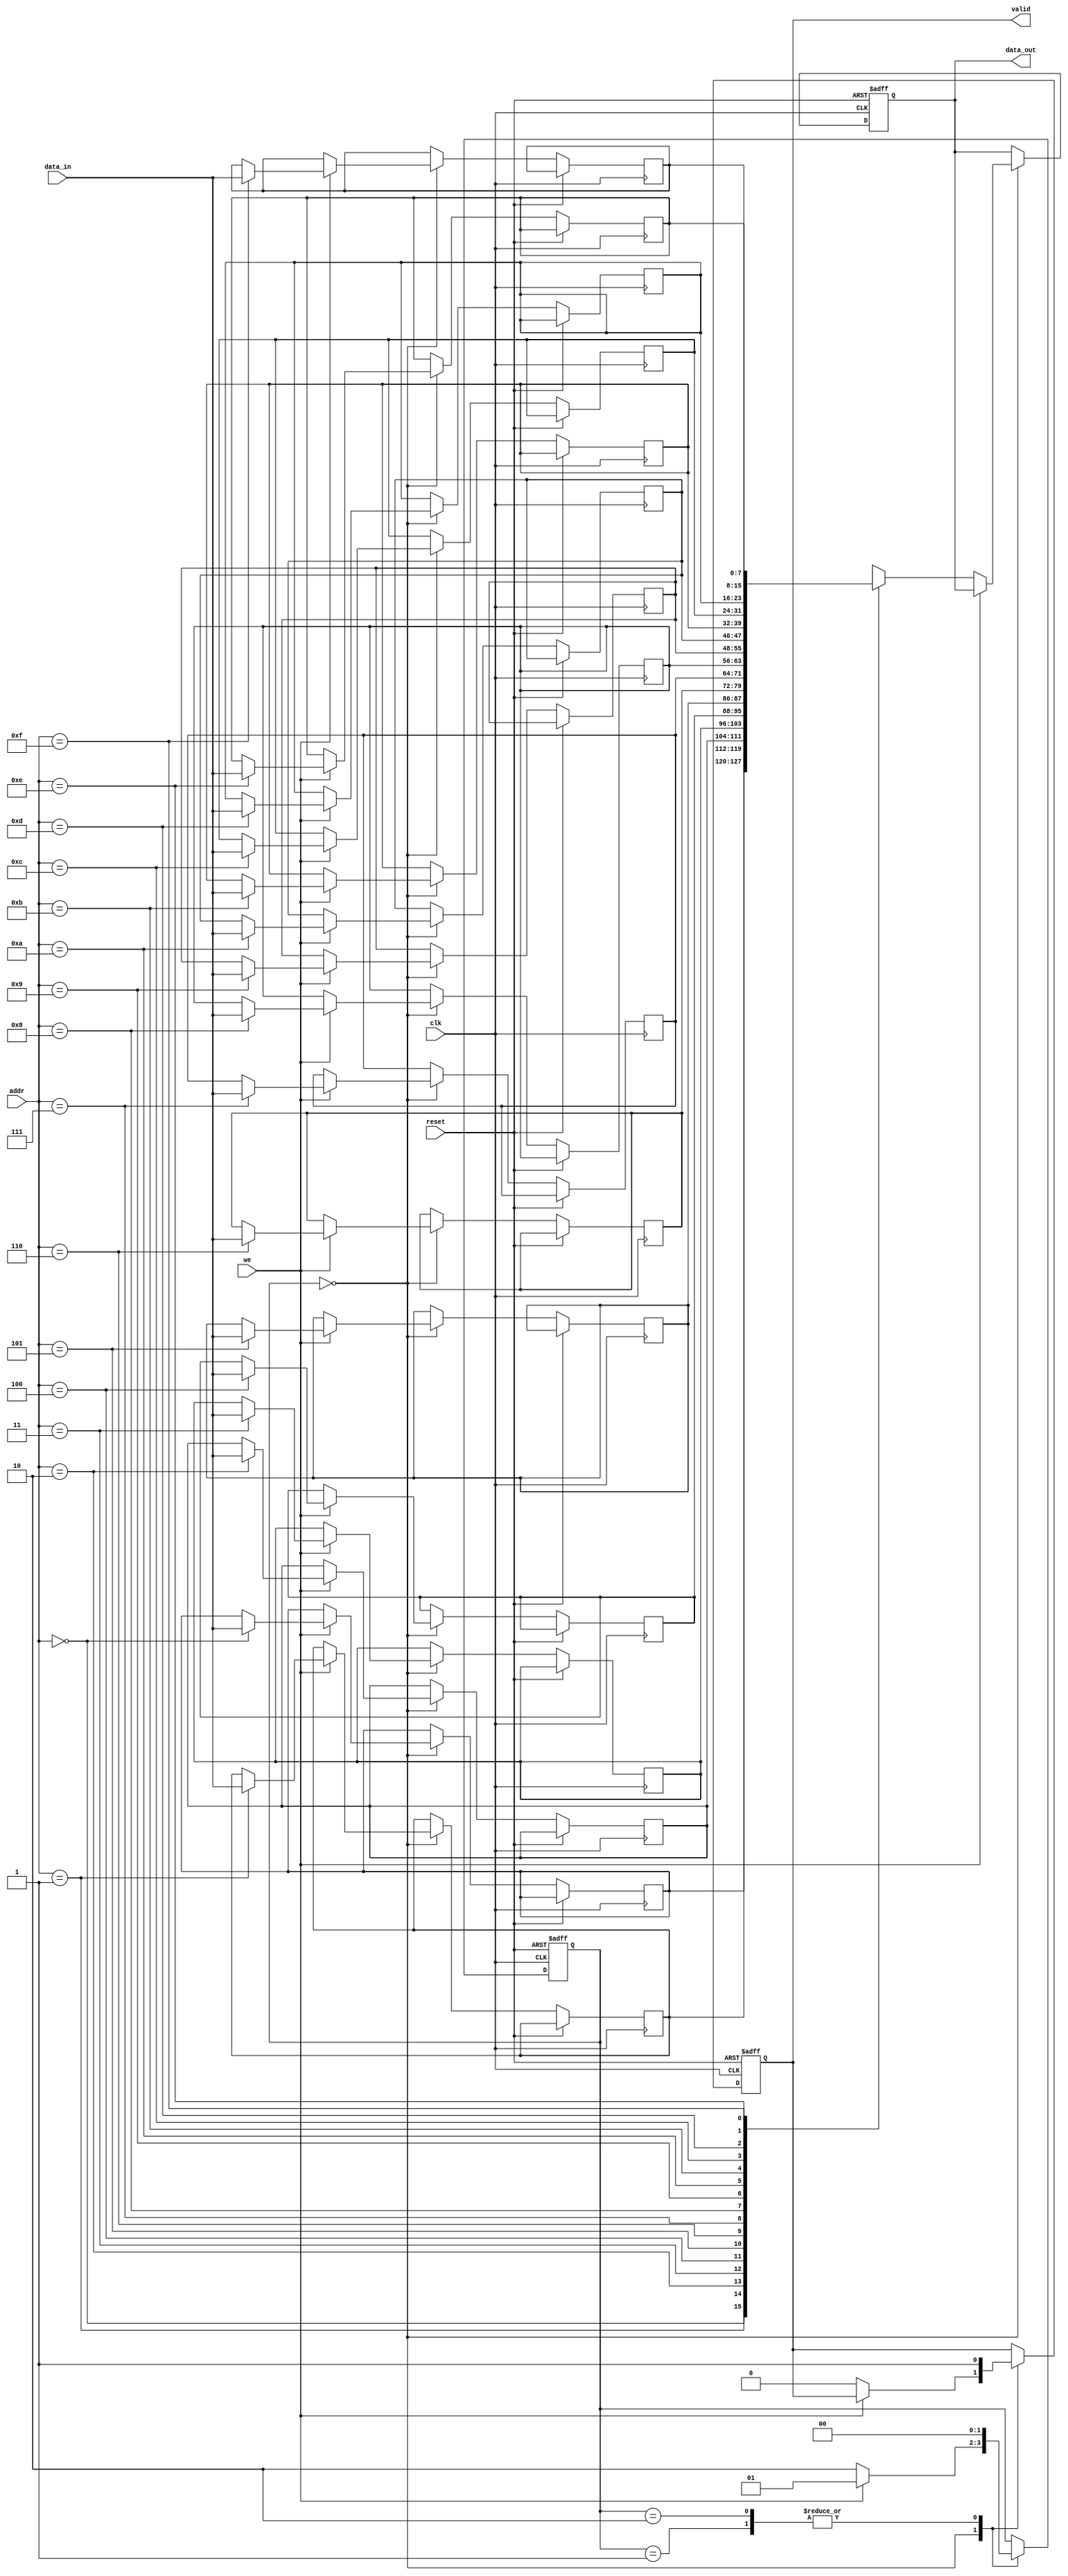
module pipelined_sram #(
    parameter DATA_WIDTH = 8,
    parameter ADDR_WIDTH = 4,
    parameter DEPTH = 16 // SRAM depth
)(
    input wire clk,
    input wire reset,
    input wire [ADDR_WIDTH-1:0] addr,
    input wire [DATA_WIDTH-1:0] data_in,
    input wire we,  // Write Enable
    output reg [DATA_WIDTH-1:0] data_out,
    output reg valid // Indicates output data is valid
);

    // SRAM memory array
    reg [DATA_WIDTH-1:0] sram [0:DEPTH-1];
    
    // Address decoding logic
    wire [ADDR_WIDTH-1:0] row, col;
    
    assign row = addr; // Assuming direct mapping for simplicity
    // col can be designed based on data word size if needed

    // Control signals
    reg [1:0] state; // States for pipelining
    localparam IDLE = 2'b00, WRITE = 2'b01, READ = 2'b10;

    // Pipelining stages (simple state machine)
    always @(posedge clk or posedge reset) begin
        if (reset) begin
            state <= IDLE;
            valid <= 0;
            data_out <= 0;
        end else begin
            case (state)
                IDLE: begin
                    if (we) begin
                        // Write operation
                        sram[row] <= data_in; // Write data to SRAM
                        state <= WRITE;
                    end else begin
                        // Read operation
                        data_out <= sram[row]; // Read data from SRAM
                        valid <= 0; // Invalid until next clock
                        state <= READ;
                    end
                end
                WRITE: begin
                    // Complete write operation
                    valid <= 1; // Data is valid after writing
                    state <= IDLE; // Go back to IDLE
                end
                READ: begin
                    // Complete read operation
                    valid <= 1; // Data is valid after reading
                    state <= IDLE; // Go back to IDLE
                end
            endcase
        end
    end

endmodule